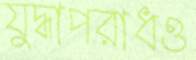
যুদ্ধাপরাধও